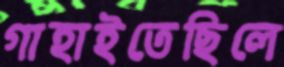
গাহাইতেছিলে